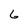
Character: 6